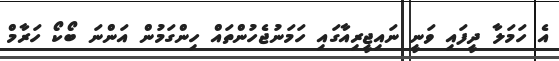
އެ ހަމަލާ ދީފައި ވަނީ ނައިޖީރިއާގައި ހަމަނުޖެހުންތައް ހިންގަމުން އަންނަ ބޯކޯ ހަރާމް